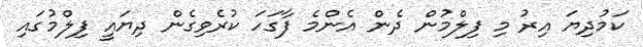
ކަމުދިޔަ އިރު މި ފިލްމުން ދެން އެންމެ ފާގަހަ ކުރެވިގެން ދިޔައީ ފިލްމުގައި